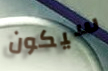
سيكون